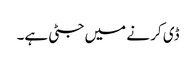
ڈی کر نے میں جٹی ہے۔